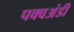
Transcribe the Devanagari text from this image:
पक्वअंडी